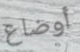
أوضاع